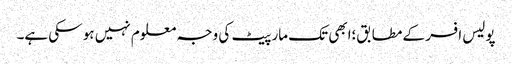
پولیس افسر کے مطابق؛ابھی تک مار پیٹ کی وجہ معلوم نہیں ہو سکی ہے۔